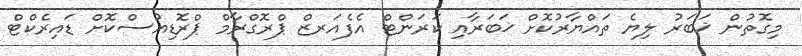
މިގޮތުން ޚަބަރު ލިޔެ ތައްޔާރުކޮށް ޚަބަރާއި ކަރަންޓް އެފެއަރޒް ޕްރޮގްރާމް ޕްރޮޑިއުސްކޮށް ޑައިރެކްޓް